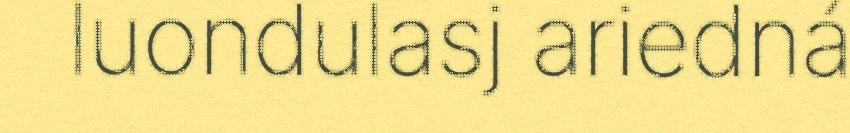
luondulasj ariedná